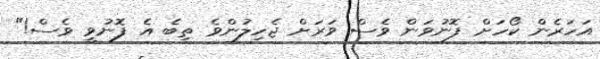
އަހަރެން ކޯހަށް ފޮނުވަން ވެސް ވަރަށް ޖެހިލުންވެ ތިބެ އެ ފޮނުވީ ވެސް!"